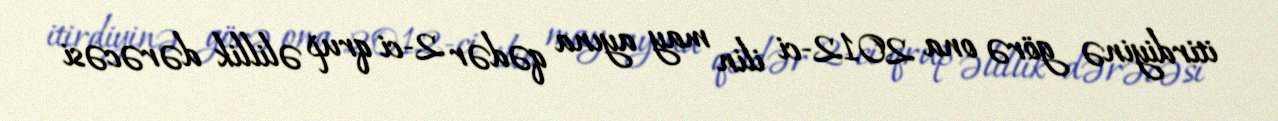
itirdiyinə görə ona 2012-ci ilin may ayına qədər 2-ci qrup əlillik dərəcəsi